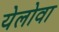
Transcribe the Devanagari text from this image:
येलोवा